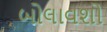
બોલાવશો